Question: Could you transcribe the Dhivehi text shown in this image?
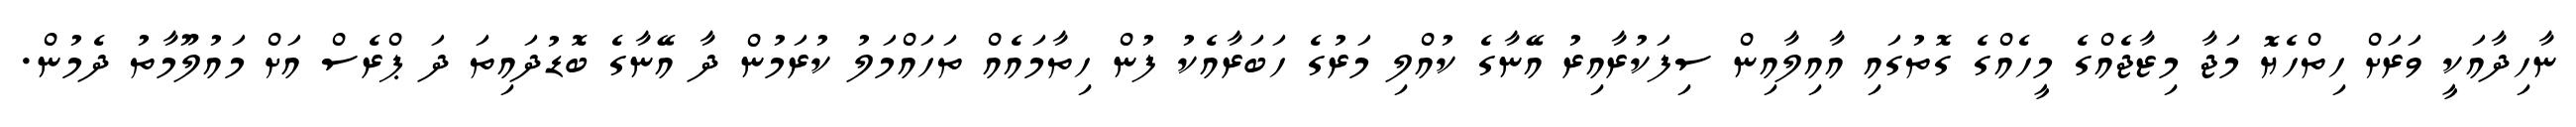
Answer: ނާހިދާއަކީ ވަރަށް ހިތްހެޔޮ މަޖާ މިޒާޖެއްގެ މީހެއްގެ ގޮތުގައި އާއިލާއިން ސިފަކުރާއިރު އޭނާގެ ކުއްލި މަރުގެ ހަބަރާއެކު ފުން ހިތާމައެއް ތަހައްމަލު ކުރަމުން ދާ އޭނާގެ ބޮޑުދައިތަ ދަ ޕްރެސް އަށް މައުލޫމާތު ދެމުން.